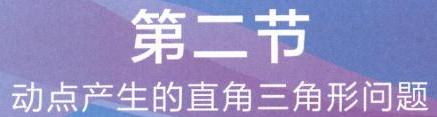
第二节
动点产生的直角三角形问题